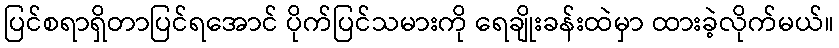
ပြင်စရာရှိတာပြင်ရအောင် ပိုက်ပြင်သမားကို ရေချိုးခန်းထဲမှာ ထားခဲ့လိုက်မယ်။